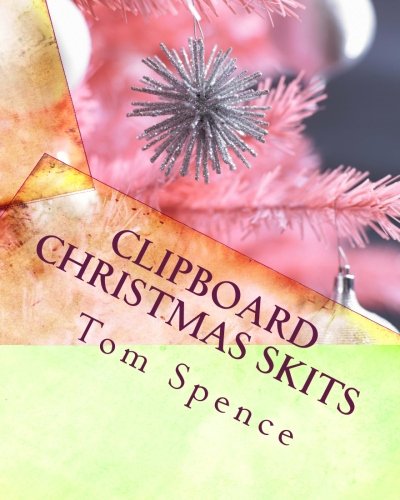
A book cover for Clipboard Christmas Skits; Tom Spence; Literature & Fiction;